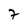
Character: 7